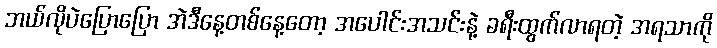
ဘယ်လိုပဲပြောပြော အဲဒီနေ့တစ်နေ့တော့ အပေါင်းအသင်းနဲ့ ခရီးထွက်လာရတဲ့ အရသာကို